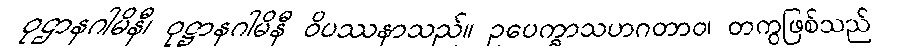
ဝုဌာနဂါမိနီ၊ ဝုဋ္ဌာနဂါမိနီ ဝိပဿနာသည်။ ဥပေက္ခာသဟဂတာဝ၊ တကွဖြစ်သည်